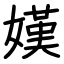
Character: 嫨